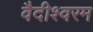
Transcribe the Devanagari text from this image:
वैदीश्वरम